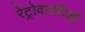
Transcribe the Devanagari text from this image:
रेट्रोवायरिडी